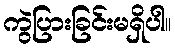
ကွဲပြားခြင်းမရှိပါ။